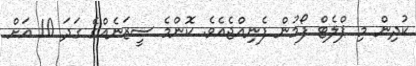
ކުދިން މި ޕްލެޓް ފޯމުން ފެނިއްޖެއެވެ. ކޮންމެ ސީޒަނެއްގެ ގަދަ 10 އަށް